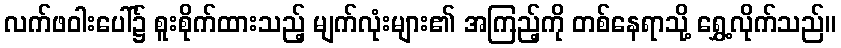
လက်ဖဝါးပေါ်၌ စူးစိုက်ထားသည့် မျက်လုံးများ၏ အကြည့်ကို တစ်နေရာသို့ ရွှေ့လိုက်သည်။